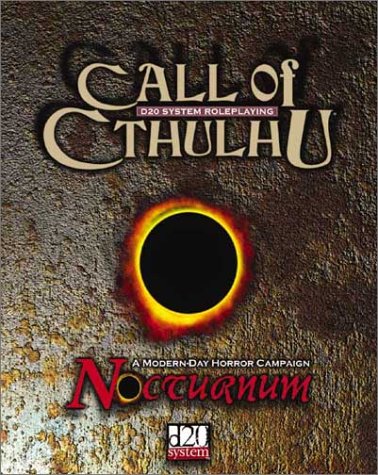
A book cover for Call of Cthulhu: Nocturnum; Fantasy Flight Games; Science Fiction & Fantasy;